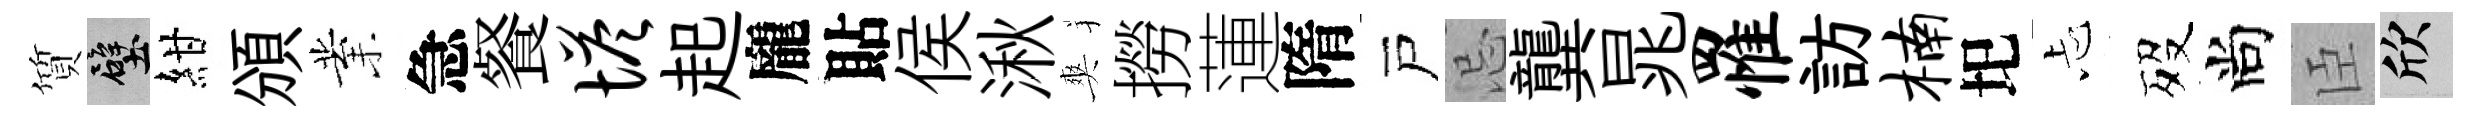
質壁紺頒業急餐塔起龐貼侯湫爽撈蓮隋戸忌龔晁罹訪楠圯忐歿尚臣欣